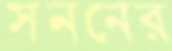
সননের